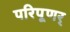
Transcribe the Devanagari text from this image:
परिपूणर्